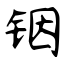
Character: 铟